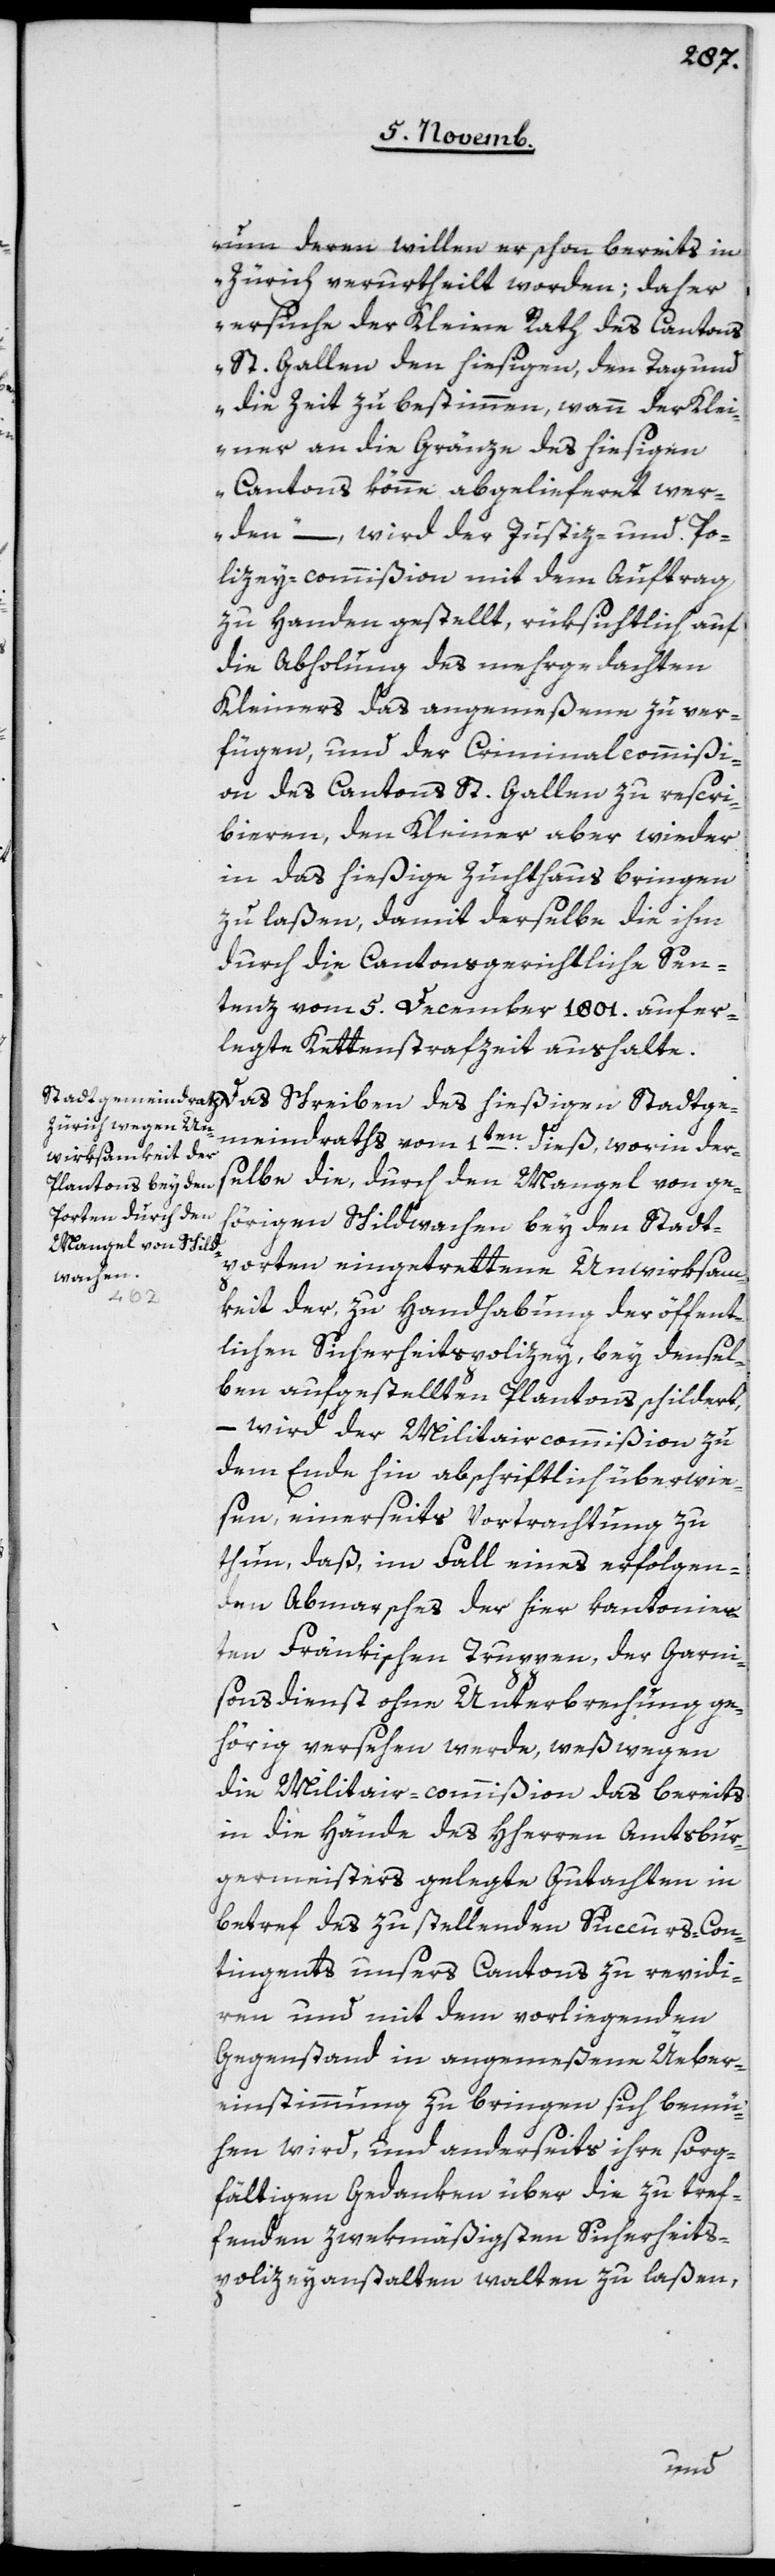
um deren willen er schon bereits in
Zürich verurtheilt worden; daher
ersuche der Kleine Rath des Cantons
St. Gallen den hiesigen, den Tag und
die Zeit zu bestimmen, wann der Klei¬
ner an die Gränze des hiesigen
Cantons könne abgelieferet wer¬
den“ –, wird der Justiz- und Po¬
lizey-commißion mit dem Auftrag
zu Handen gestellt, rüksichtlich auf
die Abholung des mehrgedachten
Kleiners das Angemeßene zu ver¬
fügen, und der Criminalcommißi¬
on des Cantons St. Gallen zu rescri¬
bieren, den Kleiner aber wieder
in das hießige Zuchthaus bringen
zu laßen, damit derselbe die ihm
durch die Cantonsgerichtliche Sen¬
tenz vom 5. December 1801 aufer¬
legte Kettenstrafzeit aushalte.
meindraths vom 1ten dieß, worin der¬
selbe die, durch den Mangel von ge¬
hörigen Schildwachen bey den Stadt¬
porten eingetrettene Unwirksam¬
Stadtge¬
keit der, zu Handhabung der öffent¬
lichen Sicherheitspolizey, bey densel¬
ben aufgestellten Plantons schildert,
– wird der Militaircommißion zu
dem Ende hin abschriftlich überwie¬
sen, einerseits Vortrachtung zu
thun, daß, im Fall eines erfolgen¬
den Abmarsches der hier kantonier¬
ten Fränkischen Truppen, der Garni¬
sonsdienst ohne Unterbrechnung ge¬
hörig versehen werde, weßwegen
die Militair-commißion das bereits
in die Hände des HHerren Amtsbur¬
germeisters gelegte Gutachten in
Betref des zu stellenden Succurs-Con¬
tingents unsers Cantons zu revidi¬
ren und mit dem vorliegenden
Gegenstand in angemeßene Über¬
einstimmung zu bringen sich bemü¬
hen wird, und anderseits ihre sorg¬
fältigen Gedanken über die zu tref¬
fenden zwekmäßigsten Sicherheits-P¬
olizeyanstalten walten zu laßen,